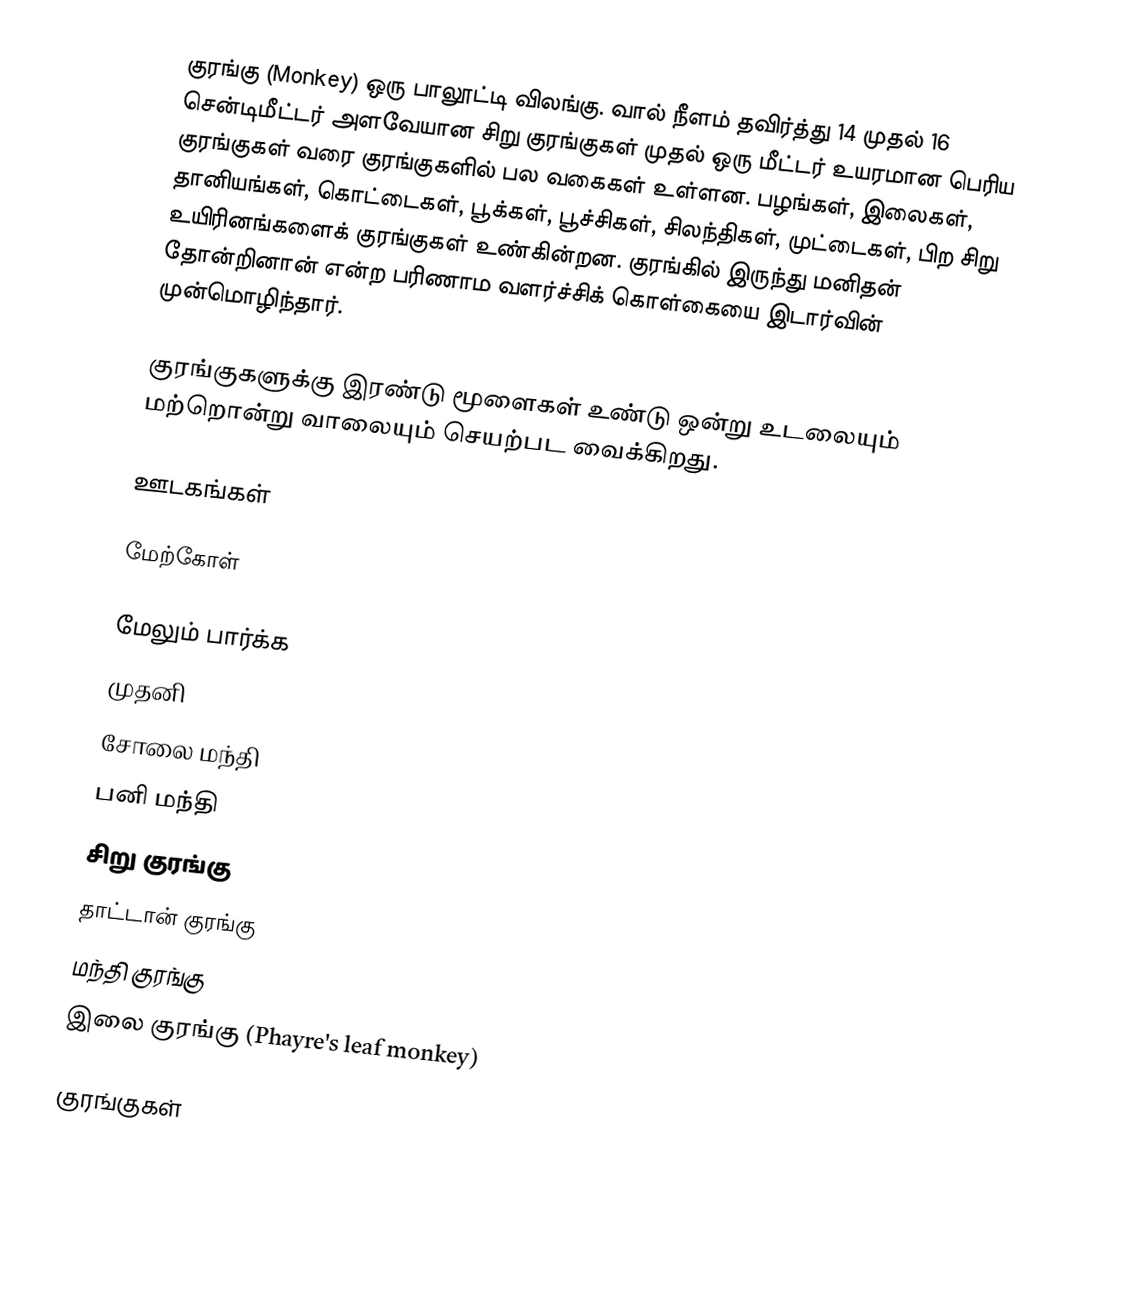
குரங்கு (Monkey) ஒரு பாலூட்டி விலங்கு. வால் நீளம் தவிர்த்து 14 முதல் 16 சென்டிமீட்டர் அளவேயான சிறு குரங்குகள் முதல் ஒரு மீட்டர் உயரமான பெரிய குரங்குகள் வரை குரங்குகளில் பல வகைகள் உள்ளன. பழங்கள், இலைகள், தானியங்கள், கொட்டைகள், பூக்கள், பூச்சிகள், சிலந்திகள், முட்டைகள், பிற சிறு உயிரினங்களைக் குரங்குகள் உண்கின்றன. குரங்கில் இருந்து மனிதன் தோன்றினான் என்ற பரிணாம வளர்ச்சிக் கொள்கையை இடார்வின் முன்மொழிந்தார்.

குரங்குகளுக்கு இரண்டு மூளைகள் உண்டு ஒன்று உடலையும் மற்றொன்று வாலையும் செயற்பட வைக்கிறது.

ஊடகங்கள்

மேற்கோள்

மேலும் பார்க்க
 முதனி
 சோலை மந்தி
 பனி மந்தி
 சிறு குரங்கு
 தாட்டான் குரங்கு
 மந்தி குரங்கு
 இலை குரங்கு (Phayre's leaf monkey)

குரங்குகள்